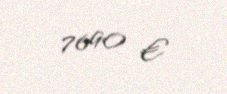
7690 €